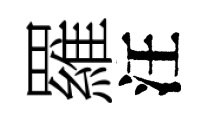
羅汪